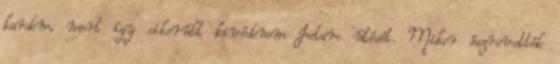
kardom, mert így sikerült kivédenem Jotaro ütését. Mikor észrevették